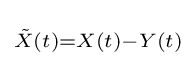
\scriptstyle {\tilde {X}}(t)=X(t)-Y(t)